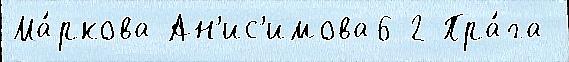
Ма́ркова Ан'ис'имова6-2 Пра́га